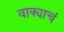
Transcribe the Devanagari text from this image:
वाक्याचं